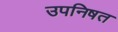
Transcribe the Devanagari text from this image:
उपनिषत